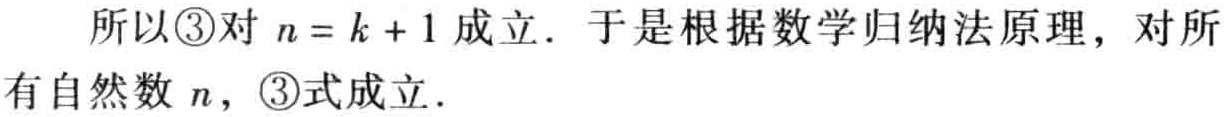
所以\textcircled{3}对 \(n = k + 1\) 成立. 于是根据数学归纳法原理，对所有自然数 \(n\)，\textcircled{3}式成立.